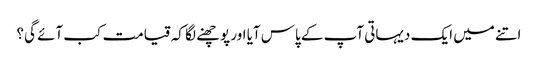
اتنے میں ایک دیہاتی آپ کے پاس آیا اور پوچھنے لگا کہ قیامت کب آئے گی؟